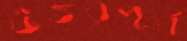
উত্তরপূর্ব